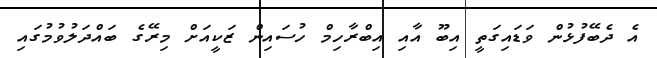
އެ ދެބޭފުޅުން ވަޑައިގަތީ އިބޫ އާއި އިބްރާހިމް ހުސައިން ޒަކީއަށް މިރޭގެ ބައްދަލުވުމުގައި